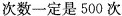
次数一定是500次